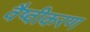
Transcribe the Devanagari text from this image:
वैष्वीकरण